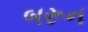
બરૂન